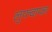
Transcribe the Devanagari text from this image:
लुफ्वाफा